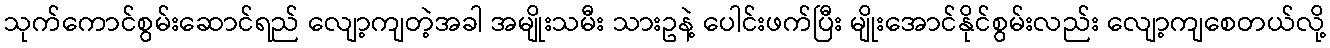
သုက်ကောင်စွမ်းဆောင်ရည် လျော့ကျတဲ့အခါ အမျိုးသမီး သားဥနဲ့ ပေါင်းဖက်ပြီး မျိုးအောင်နိုင်စွမ်းလည်း လျော့ကျစေတယ်လို့